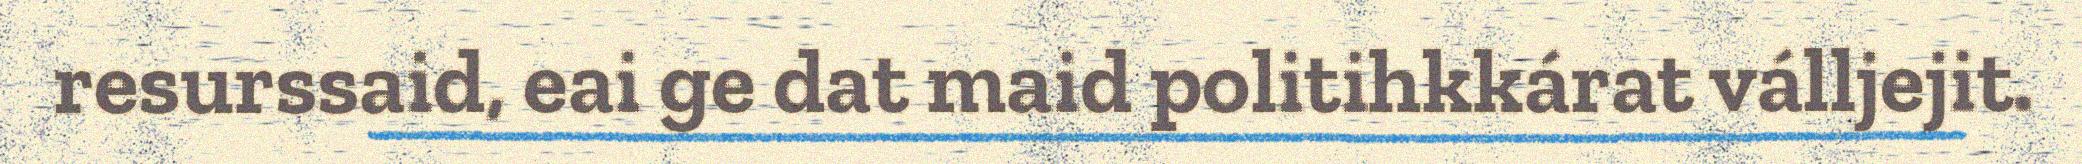
resurssaid, eai ge dat maid politihkkárat válljejit.